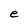
Character: e